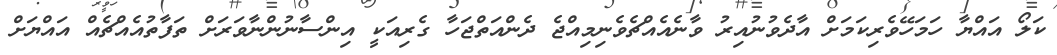
ކަލޯ އައްޔާ ހަމަހޭވެރިކަމަށް އާދެވުނުއިރު ވާނެއެއްޗެވެނިމިއްޖެ ދެންއަތްޖަހާ ގެރިއަކީ އިންސާނުންނާވަރަށް ތަފާތުއެއްޗެއް އައްޔަށް